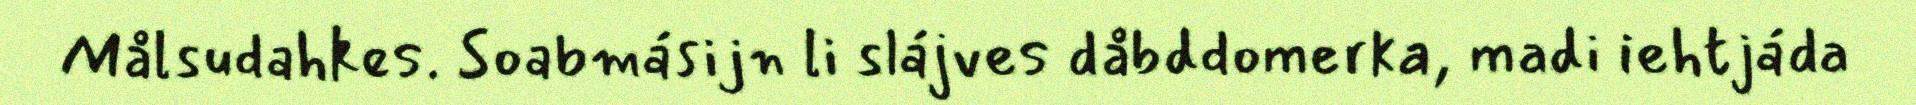
Målsudahkes. Soabmásijn li slájves dåbddomerka, madi iehtjáda